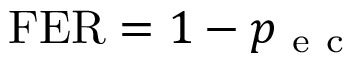
\mathrm { F E R } = 1 - p _ { \mathrm { ~ e ~ c ~ } }